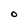
Character: O